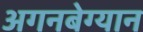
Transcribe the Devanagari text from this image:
अगनबेग्यान